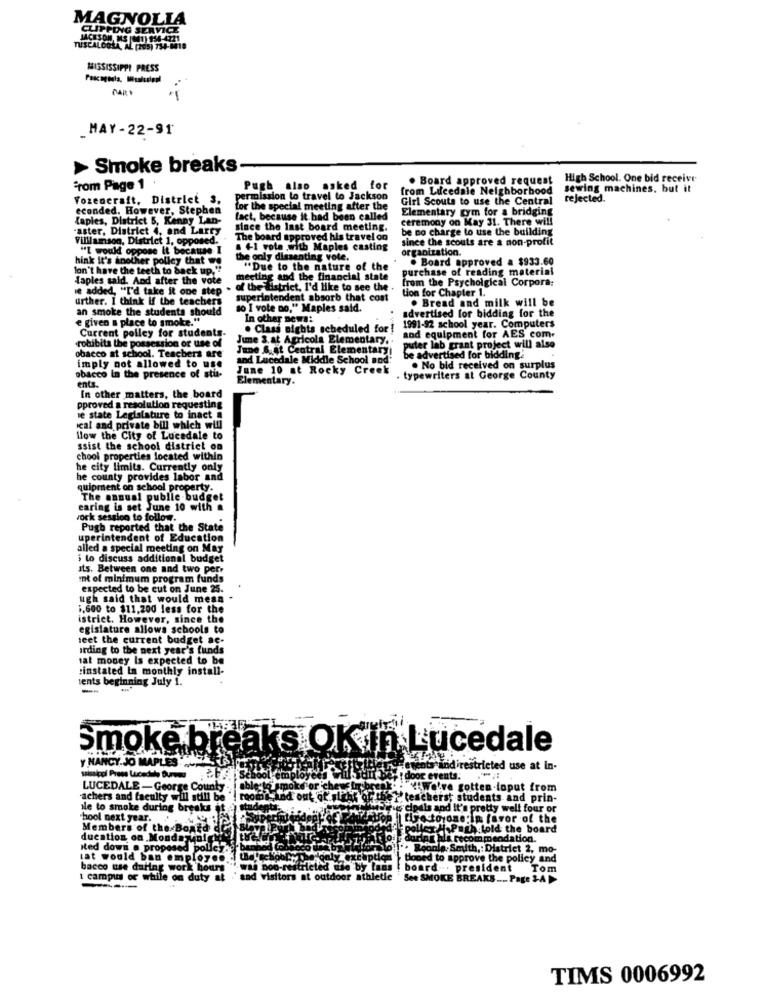
MAGNOLIA
PEDIG SERVICE
JACKSON, MS [1) 956-4221
AA AL (205) 734-6019
MISSISSIPPI PRESS
MAY -22-91
Smoke breaks
. Board approved request
High School. One bid receive
From Page 1
Pugh also asked
for
from Lilcedale Neighborhood
sewing machines, but it
Yozencraft, District 3.
permission to travel to Jackson
Girl Scouts to use the Central
rejected.
econded. However, Stephen
for the special meeting after the
Elementary gym for a bridging
{apies, District 5, Kenny Lan-
fact, because it had been called
ceremony on May 31. There will
"aster, District 4, and Larry
since the last board meeting.
be no charge to use the building
Williamson, District 1, opposed.
The board approved his travel on
since the scouts are a non-profit
"I would oppose it because I
. +1 vote with Maples casting
organization.
hink it's another polley that we
the only dissenting vote.
. Board approved a $933.60
lon't have the teeth to back up,"
"Due to the nature of the
purchase of reading material
faples said. And after the vote
meeting and the financial state
from the Psycholgical Corpora:
it added, "I'd take it one step
. of the district, I'd like to see the .
tion for Chapter 1.
urther. I think if the teachers
superintendent absorb that cost
. Bread and milk will be
an smoke the students should
so I vote no," Maples said.
advertised for bidding for the
e given a place to smoke."
In other news:
Current polley for students.
. Class nights scheduled for !
1991-92 school year. Computers
robibita the possession or use of
June 3.at Agricola Elementary ..
and equipment for AES com.
obacco at school. Teachers are
June S. at Central Elementaryi
puter lab grant project will also
and Lucedale Middle School and.
be advertised for bidding.
imply not allowed to use
June 10 at Rocky Creek
. No bid received on surplus
obacco In the presence of stu-
ents.
Elementary.
. typewriters at George County
In other matters, the board
pproved a resolution requesting
le state Legislature to inact #
ical and private bill which will
llow the City of Lucedale to
ssist the school district on
chool properties located within
he city limits. Currently only
he county provides labor and
quipment on school property.
The annual publie budget
earing is set June 10 with a
vock session to follow.
Pugh reported that the State
uperintendent of Education
alled a special meeting on May
i to discuss additional budget
its. Between one and two perr
nt of minimum program funds
expected to be cut on June 25.
ugh said that would mean
1,600 to $11,200 less for the
istrict. However, since the
egislature allows schools to
teet the current budget ac-
arding to the next year's funds
sat money Is expected to be
:instated In monthly install-
ients beginning July 1.
smoke breaks OK in Lucedale
Y NANCY.JO MAPLES
tots and'restricted use at in-
door events.
LUCEDALE - George County
cive gotten-loput from
'achers and faculty will still be
Fifty teschers, students and prin-
Ne to smoke during breaks it
cipals and It's pretty well four or
hool next year.
directorone:in favor of the
Members of the Board
Pollet H.Pagh told the board
ducation on Mondayolek
Boring hla recommendation.
ited down @ proposed polley.
Roonle.Smulth ,: District 2, mo-
lat would ban employ ...
tioned to approve the policy and
bacco use during work hours
board ... president
Tom
1 campus or while on duty at
" and visitors at outdoor athletic
See SMOKE BREAKS .... Page 2-A
TIMS 0006992